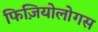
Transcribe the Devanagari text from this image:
फिज़ियोलोगस